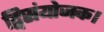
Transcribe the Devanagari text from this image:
द्विसंयोजक।